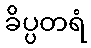
ခိပ္ပတရံ